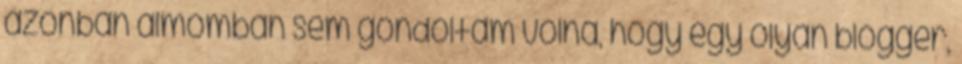
azonban álmomban sem gondoltam volna, hogy egy olyan blogger,